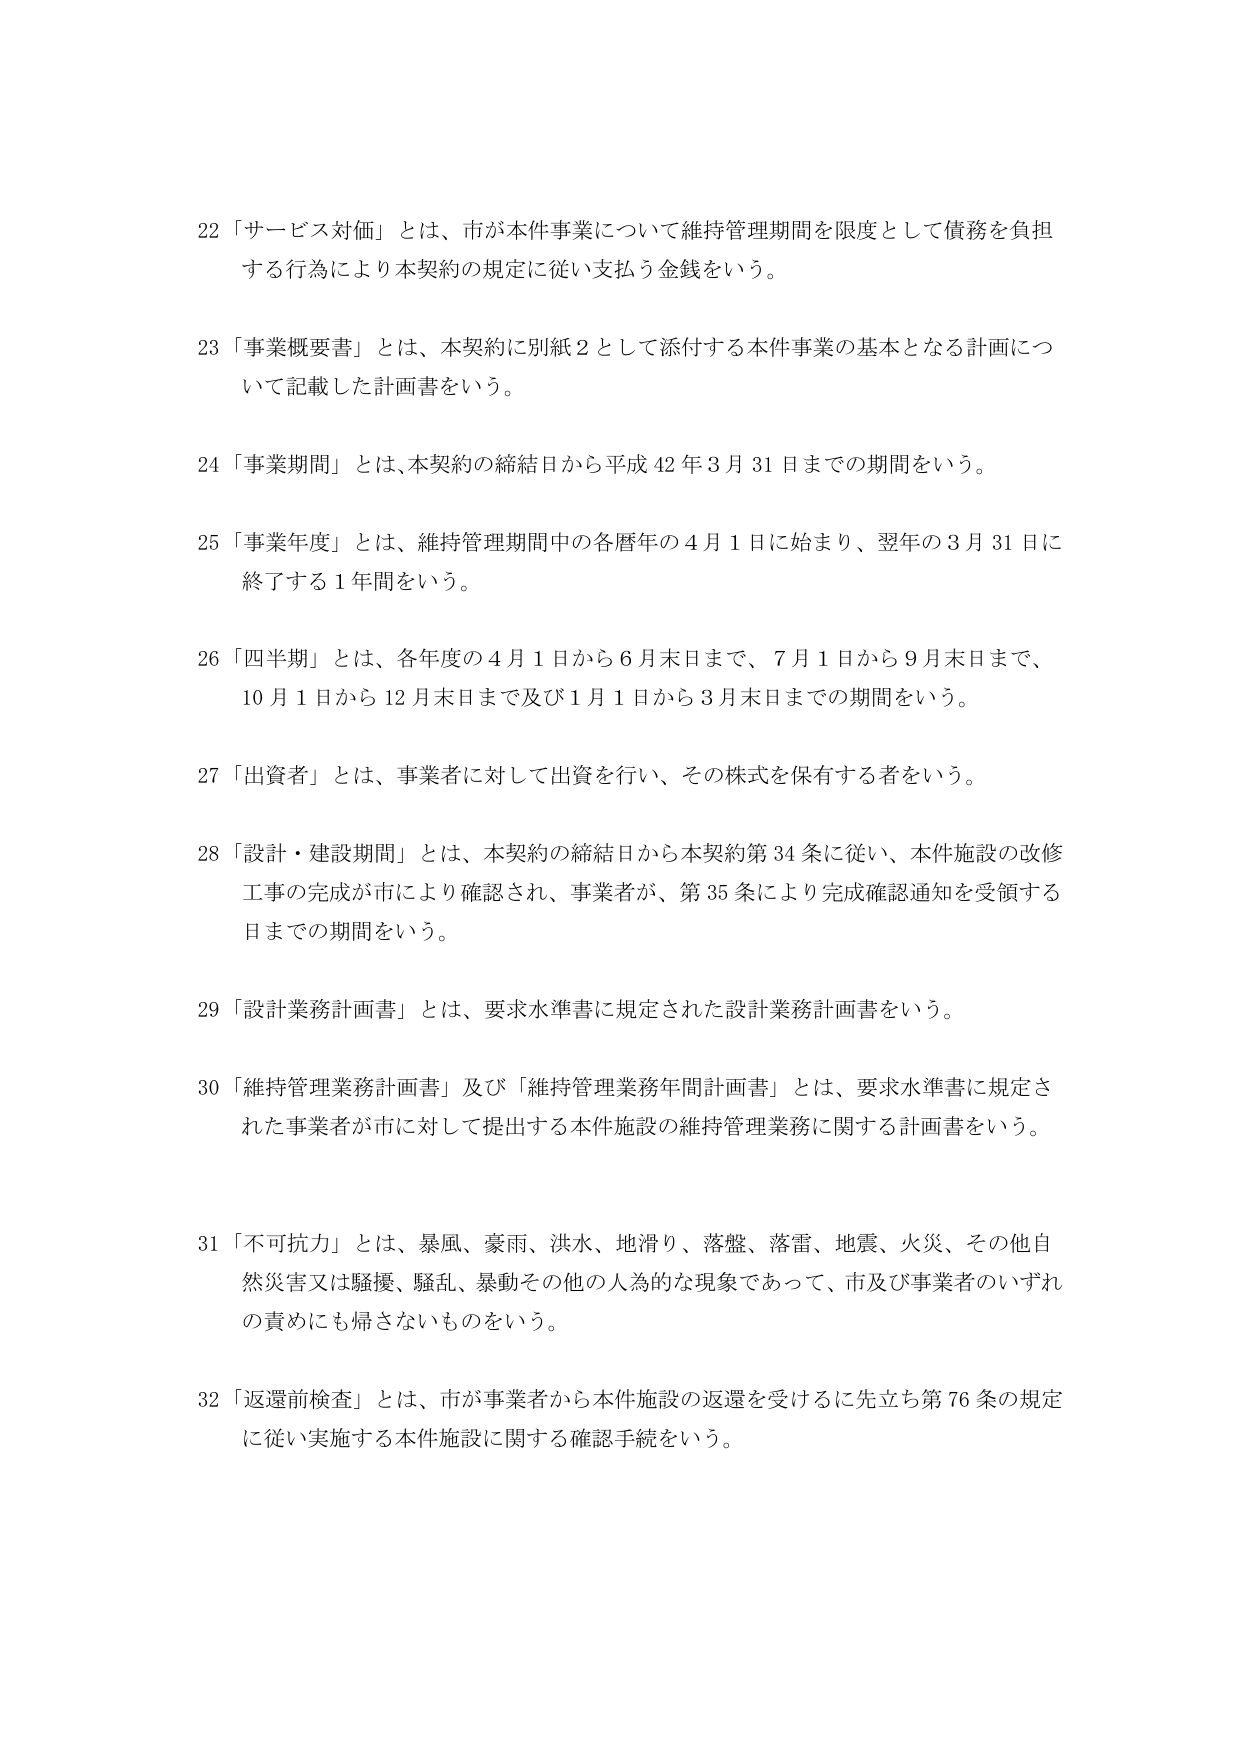
22 「サービス対価」とは、市が本件事業について維持管理期間を限度として債務を負担する行為により本契約の規定に従い支払う金銭をいう。

23 「事業概要書」とは、本契約に別紙2として添付する本件事業の基本となる計画について記載した計画書をいう。

24 「事業期間」とは、本契約の締結日から平成42年3月31日までの期間をいう。

25 「事業年度」とは、維持管理期間中の各暦年の4月1日に始まり、翌年の3月31日に終了する1年間をいう。

26 「四半期」とは、各年度の4月1日から6月末日まで、7月1日から9月末日まで、10月1日から12月末日まで及び1月1日から3月末日までの期間をいう。

27 「出資者」とは、事業者に対して出資を行い、その株式を保有する者をいう。

28 「設計・建設期間」とは、本契約の締結日から本契約第34条に従い、本件施設の改修工事の完成が市により確認され、事業者が、第35条により完成確認通知を受領する日までの期間をいう。

29 「設計業務計画書」とは、要求水準書に規定された設計業務計画書をいう。

30 「維持管理業務計画書」及び「維持管理業務年間計画書」とは、要求水準書に規定された事業者が市に対して提出する本件施設の維持管理業務に関する計画書をいう。

31 「不可抗力」とは、暴風、豪雨、洪水、地滑り、落盤、落雷、地震、火災、その他自然災害又は騒擾、騒乱、暴動その他の人為的な現象であって、市及び事業者のいずれの責めにも帰さないものをいう。

32 「返還前検査」とは、市が事業者から本件施設の返還を受けるに先立ち第76条の規定に従い実施する本件施設に関する確認手続をいう。